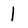
Character: 1